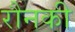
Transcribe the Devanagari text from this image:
रौनकी